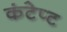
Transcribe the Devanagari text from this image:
कंटेप्ट